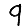
Digit: 9